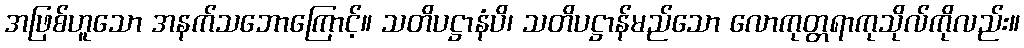
အဖြစ်ဟူသော အနက်သဘောကြောင့်။ သတိပဋ္ဌာနံပိ၊ သတိပဋ္ဌာန်မည်သော လောကုတ္တရာကုသိုလ်ကိုလည်း။